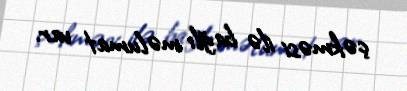
çəkməsi ilə bağlı məlumat var.